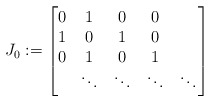
\begin{align*}J_0:=\begin{bmatrix} 0 & 1 & 0 & 0 & \\ 1 & 0 & 1 & 0 & \\ 0 & 1 & 0 & 1 & \\ & \ddots & \ddots & \ddots & \ddots\end{bmatrix}\end{align*}